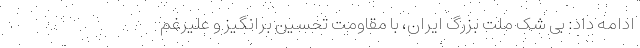
ادامه داد: بی شک ملت بزرگ ایران، با مقاومت تحسین برانگیز و علیرغم